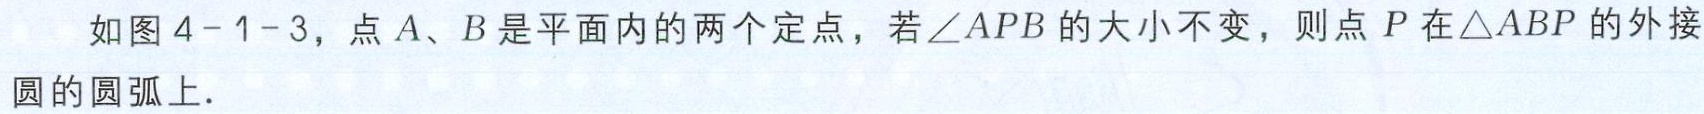
如图4-1-3，点\(A\)、\(B\)是平面内的两个定点，若\(\angle APB\)的大小不变，则点\(P\)在\(\triangle ABP\)的外接圆的圆弧上.